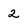
Character: 2